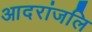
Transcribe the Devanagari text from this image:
आदरांजलि